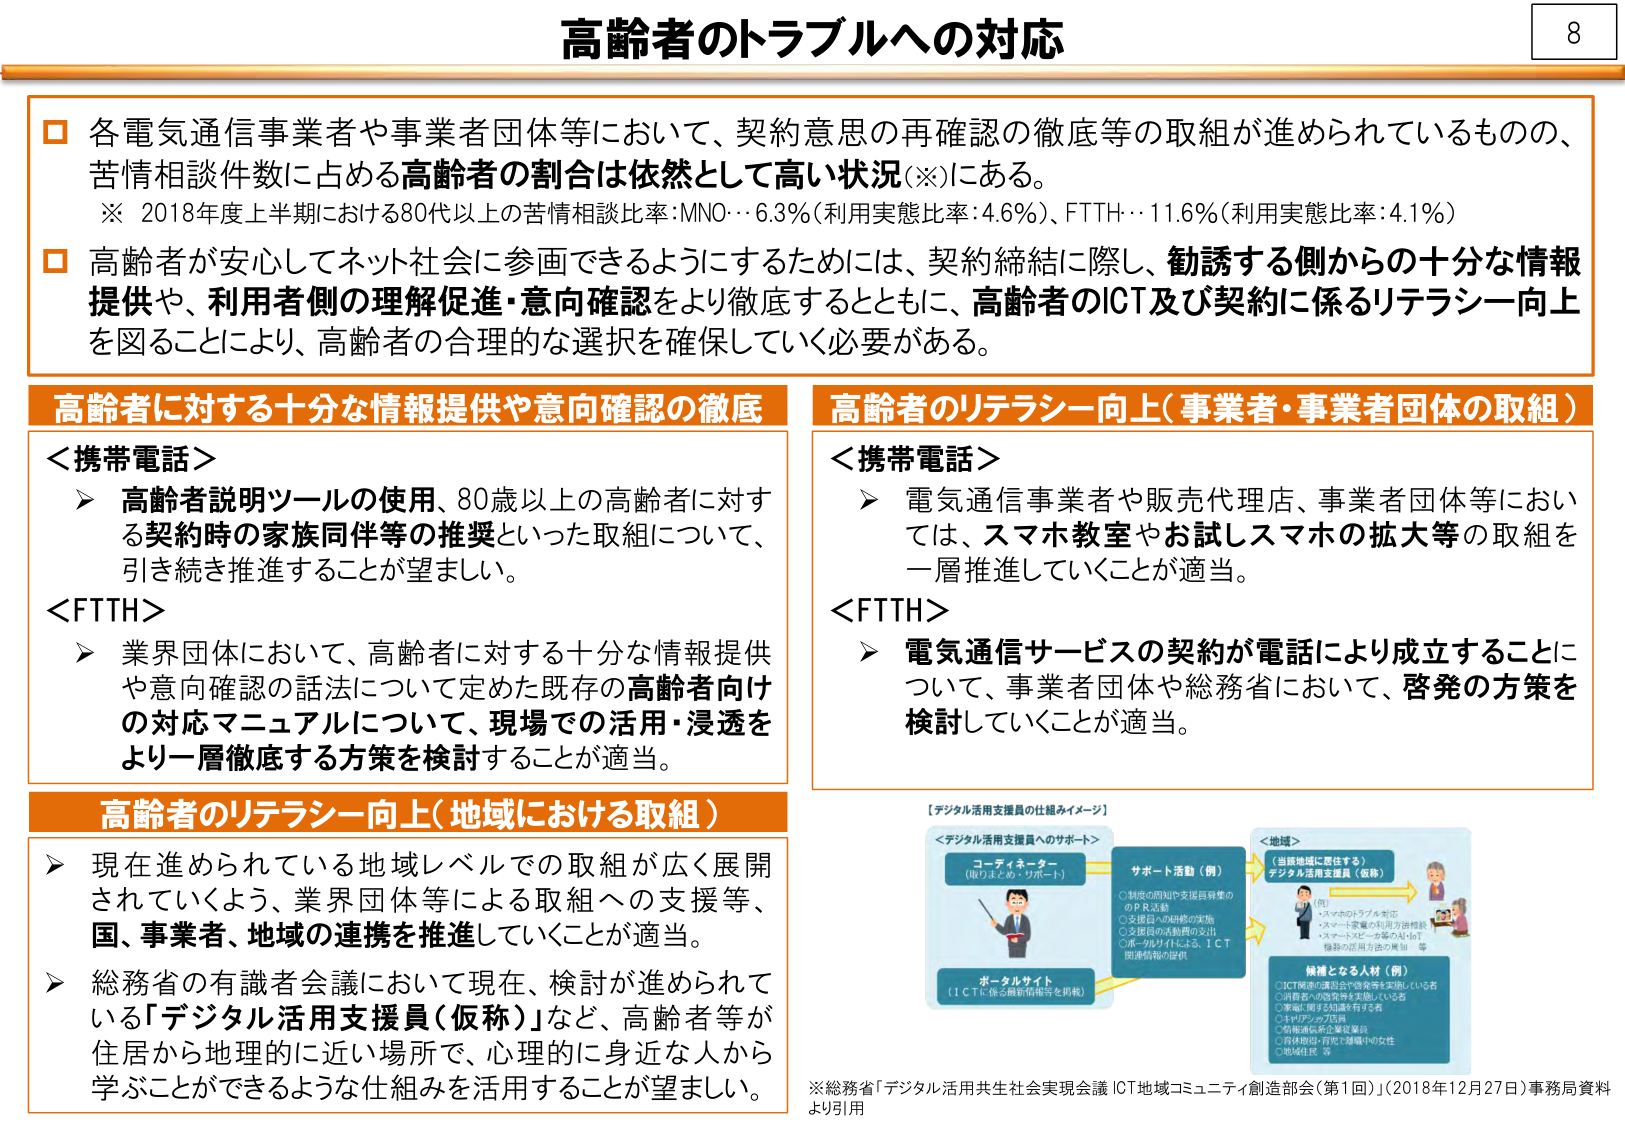
高齢者のトラブルへの対応

□ 各電気通信事業者や事業者団体等において、契約意思の再確認の徹底等の取組が進められているものの、苦情相談件数に占める高齢者の割合は依然として高い状況（※）にある。
※ 2018年度上半期における80代以上の苦情相談比率：MNO…6.3％（利用実態比率：4.6％）、FTTH…11.6％（利用実態比率：4.1％）

□ 高齢者が安心してネット社会に参画できるようにするためには、契約締結に際し、勧誘する側からの十分な情報提供や、利用者側の理解促進・意向確認をより徹底するとともに、高齢者のICT及び契約に係るリテラシー向上を図ることにより、高齢者の合理的な選択を確保していく必要がある。

高齢者に対する十分な情報提供や意向確認の徹底

＜携帯電話＞
➤ 高齢者説明ツールの使用、80歳以上の高齢者に対する契約時の家族同伴等の推奨といった取組について、引き続き推進することが望ましい。

＜FTTH＞
➤ 業界団体において、高齢者に対する十分な情報提供や意向確認の話法について定めた既存の高齢者向けの対応マニュアルについて、現場での活用・浸透をより一層徹底する方策を検討することが適当。

高齢者のリテラシー向上（事業者・事業者団体の取組）

＜携帯電話＞
➤ 電気通信事業者や販売代理店、事業者団体等においては、スマホ教室やお試しスマホの拡大等の取組を一層推進していくことが適当。

＜FTTH＞
➤ 電気通信サービスの契約が電話により成立することについて、事業者団体や総務省において、啓発の方策を検討していくことが適当。

高齢者のリテラシー向上（地域における取組）

➤ 現在進められている地域レベルでの取組が広く展開されていくよう、業界団体等による取組への支援等、国、事業者、地域の連携を推進していくことが適当。

➤ 総務省の有識者会議において現在、検討が進められている「デジタル活用支援員（仮称）」など、高齢者等が住居から地理的に近い場所で、心理的に身近な人から学ぶことができるような仕組みを活用することが望ましい。

【デジタル活用支援員の仕組みイメージ】

＜デジタル活用支援員へのサポート＞
コーディネーター
（取りまとめ・サポート）
サポート活動（例）
○制度の周知や支援員募集のＰＲ活動
○支援員への研修の実施
○支援員の活動費の支出
○ポータルサイトによるＩＣＴ関連情報の提供

ポータルサイト
（ＩＣＴ・係る最新情報を掲載）

＜地域＞
（当該地域に居住する）
デジタル活用支援員（仮称）
（例）
・スマホのトラブル対応
・スマート家電の利用方法相談
・スマートスピーカー等のAI・IoT機器の活用方法の周知　等

候補となる人材（例）
○ICT関連の講習会や勉強会を実施している者
○消費者への啓発等を実施している者
○家庭に関する知識を有する者
○キャリアシフト30
○情報通信系企業従業員
○自治体職員・自治体講師中の女性
○地域住民　等

※総務省「デジタル活用共生社会実現会議 ICT地域コミュニティ創造部会（第1回）」（2018年12月27日）事務局資料より引用

8